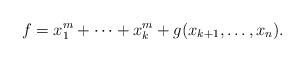
LaTeX: \begin{align*}f=x_1^{m}+\cdots+x_k^{m}+g(x_{k+1},\dots, x_n).\end{align*}